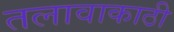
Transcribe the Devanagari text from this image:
तलावाकाठी